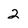
Character: 2